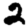
Digit: 2